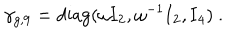
LaTeX: \gamma _ { g , 9 } = { \mathrm { d i a g } } ( \omega { \bf I } _ { 2 } , \omega ^ { - 1 } { \bf I } _ { 2 } , { \bf I } _ { 4 } ) ~ .